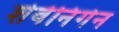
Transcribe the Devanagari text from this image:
शेवेनिंगेन